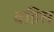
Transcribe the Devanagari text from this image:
वडिस